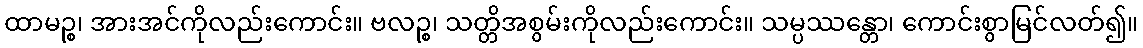
ထာမဉ္စ၊ အားအင်ကိုလည်းကောင်း။ ဗလဉ္စ၊ သတ္တိအစွမ်းကိုလည်းကောင်း။ သမ္ပဿန္တော၊ ကောင်းစွာမြင်လတ်၍။